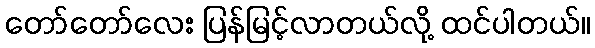
တော်တော်လေး ပြန်မြင့်လာတယ်လို့ ထင်ပါတယ်။